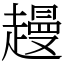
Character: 䟂